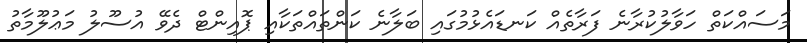
މަސައްކަތް ހަވާލުކުރާނެ ފަރާތެއް ކަނޑައެޅުމުގައި ބަލާނެ ކަންތައްތަކާއި ޕޮއިންޓް ދެވޭ އުސޫލު މަޢުލޫމާތު